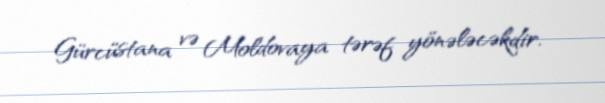
Gürcüstana və Moldovaya tərəf yönələcəkdir.